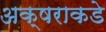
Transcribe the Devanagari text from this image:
अक्षराकडे